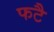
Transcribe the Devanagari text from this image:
फटै